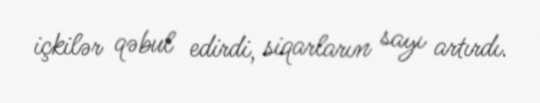
içkilər qəbul edirdi, siqarların sayı artırdı.